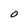
Character: O